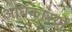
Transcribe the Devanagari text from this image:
अधिकारयों